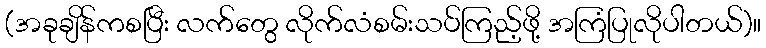
(အခုချိန်ကစပြီး လက်တွေ လိုက်လံစမ်းသပ်ကြည့်ဖို့ အကြံပြုလိုပါတယ်)။